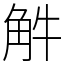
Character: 𧣈